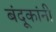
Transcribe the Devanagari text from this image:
बंदूकांनी